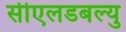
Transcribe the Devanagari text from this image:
सीएलडबल्यु